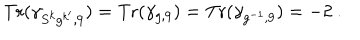
{ \mathrm { T r } } ( \gamma _ { S ^ { k } g ^ { k ^ { \prime } } , 9 } ) = { \mathrm { T r } } ( \gamma _ { g , 9 } ) = { \mathrm { T r } } ( \gamma _ { g ^ { - 1 } , 9 } ) = - 2 ~ .